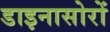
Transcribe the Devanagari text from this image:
डाइनासोरों